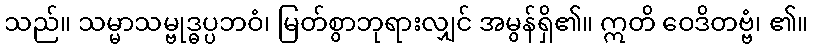
သည်။ သမ္မာသမ္ဗုဒ္ဓပ္ပဘဝံ၊ မြတ်စွာဘုရားလျှင် အမွန်ရှိ၏။ ဣတိ ဝေဒိတဗ္ဗံ၊ ၏။